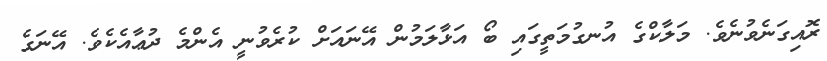
ރޮއިގަނެވުނެވެ. މަލާކްގެ އުނގުމަތީގައި ބޯ އަޅާލަމުން އޭނައަށް ކުރެވުނީ އެންމެ ދުޢާއެކެވެ. އޭނަގެ